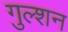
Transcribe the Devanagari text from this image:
गुल्शन